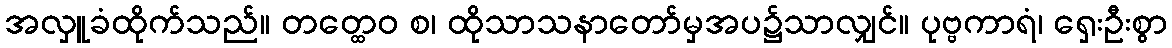
အလှူခံထိုက်သည်။ တတ္ထေဝ စ၊ ထိုသာသနာတော်မှအပ၌သာလျှင်။ ပုဗ္ဗကာရံ၊ ရှေးဦးစွာ